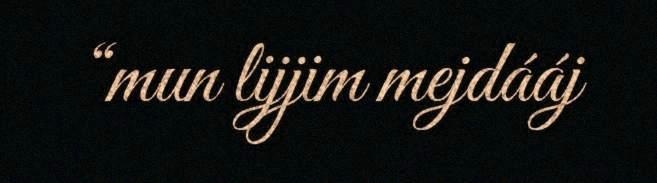
“mun lijjim mejdááj